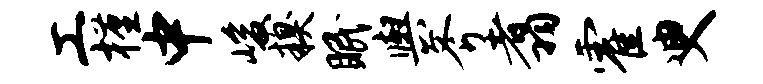
工槿中峻糗眠舆斧翥霍臾